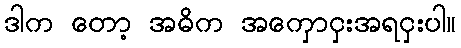
ဒါက တော့ အဓိက အကှောငှးအရငှးပါ။